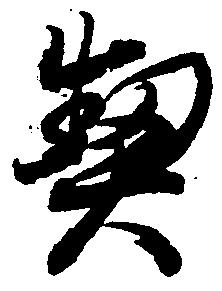
契